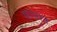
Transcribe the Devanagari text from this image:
षणयंत्र